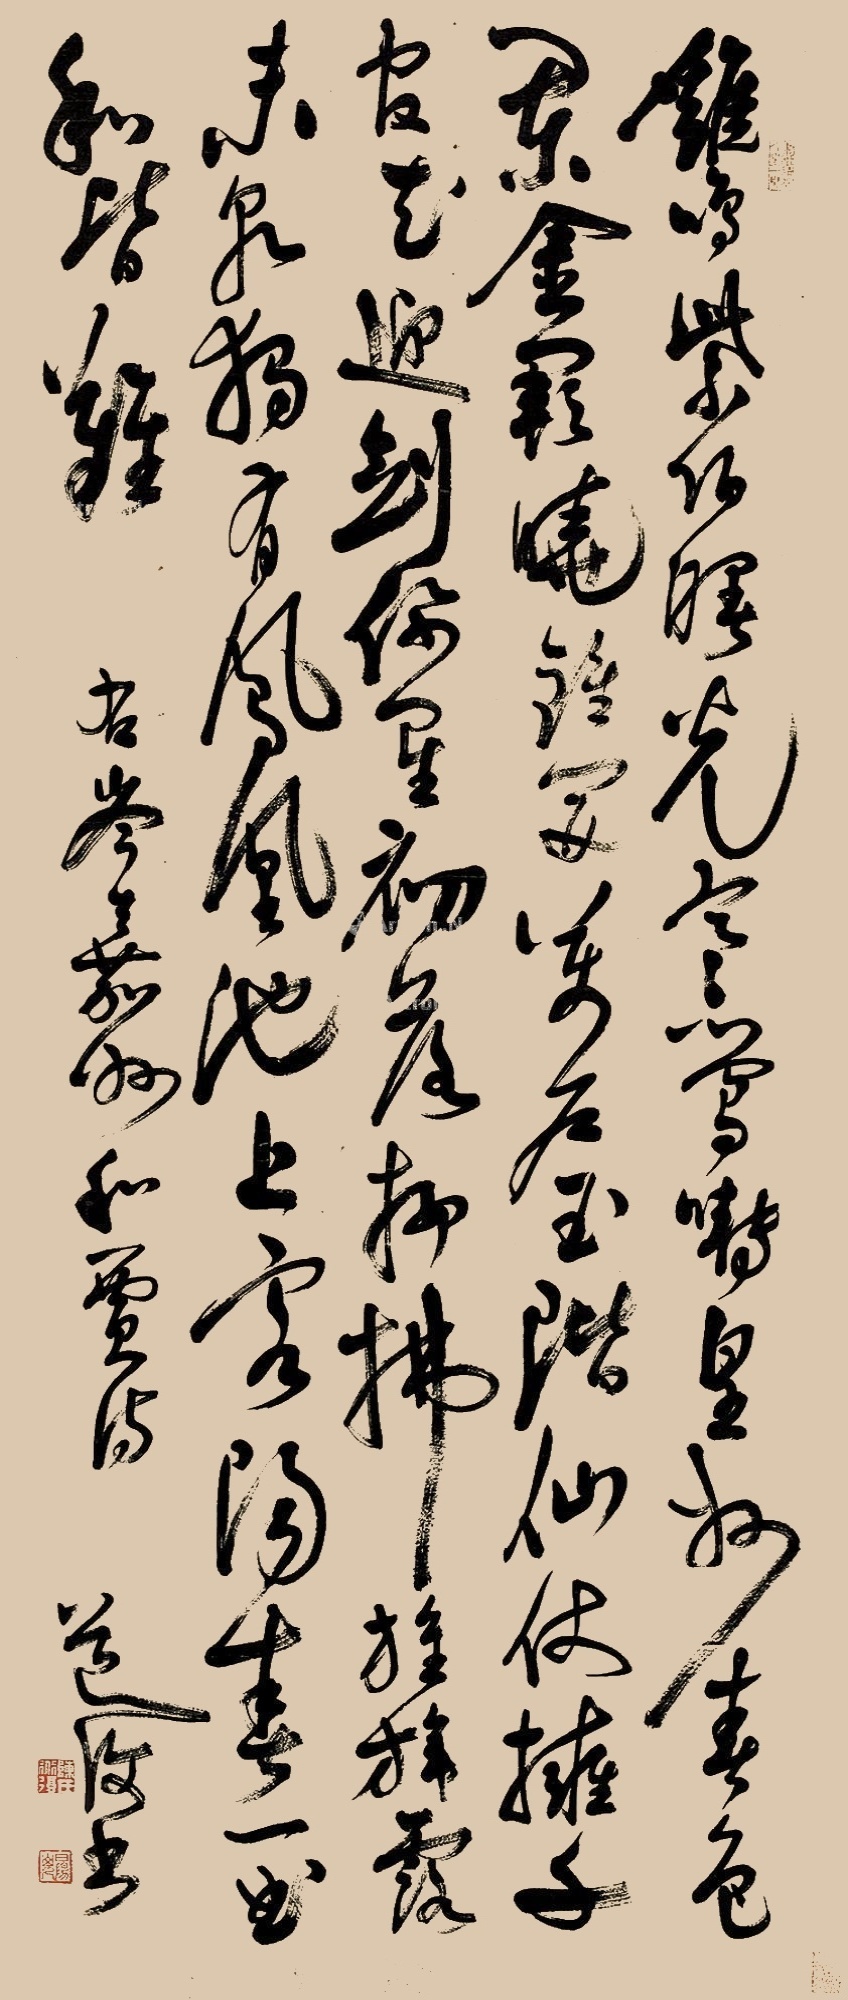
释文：鸡鸣紫陌曙光寒，莺啭皇州春色阑。金阙晓钟开万户，玉阶仙仗拥千官。花迎剑佩星初落，柳拂旌旗露未干。独有凤凰池上客，阳春一曲和皆难。右岑嘉州和贾诗，道复书。